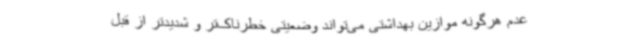
عدم هرگونه موازین بهداشتی می‌تواند وضعیتی خطرناک‌تر و شدیدتر از قبل